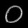
Digit: ၀